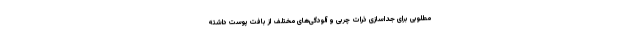
مطلوبی برای جداسازی ذرات چربی و آلودگی‌های مختلف از بافت پوست داشته